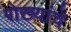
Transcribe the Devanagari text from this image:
रोख्यांचे